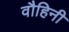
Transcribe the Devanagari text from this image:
वौहिनी